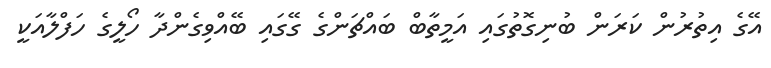
އޭގެ އިތުރުން ކަރަން ބުނިގޮތުގައި އަމީތާބް ބައްޗަންގެ ގޭގައި ބޭއްވިގެންދާ ހޯލީގެ ހަފްލާއަކީ